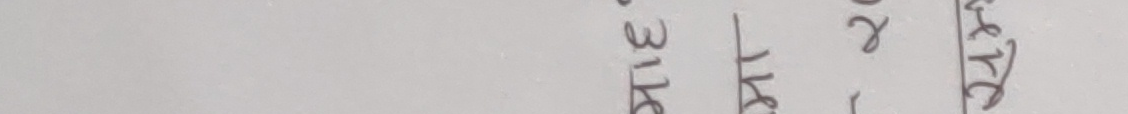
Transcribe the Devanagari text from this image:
३१७ रत्य ४४५